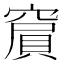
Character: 𥧨